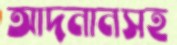
আদনানসহ